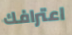
اعترافك